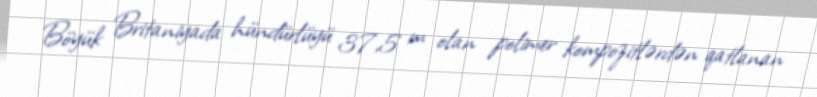
Böyük Britaniyada hündürlüyü 37,5 m olan polimer kompozitlərdən qatlanan